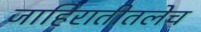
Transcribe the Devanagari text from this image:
जाहिरातीतलेच